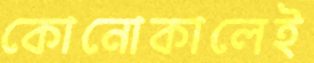
কোনোকালেই